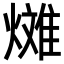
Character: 𪹰